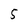
Character: 5